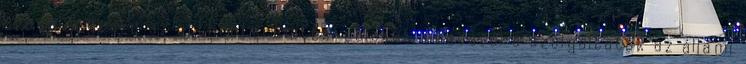
eredményesen az otthonteremtési célokat, ráadásul a szolgáltatók az állami